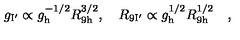
g _ { \mathrm { I ^ { \prime } } } \propto g _ { \mathrm { h } } ^ { - 1 / 2 } R _ { \mathrm { 9 h } } ^ { 3 / 2 } , \quad R _ { \mathrm { 9 I ^ { \prime } } } \propto g _ { \mathrm { h } } ^ { 1 / 2 } R _ { \mathrm { 9 h } } ^ { 1 / 2 } \quad ,